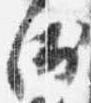
衛